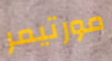
مورتيمر